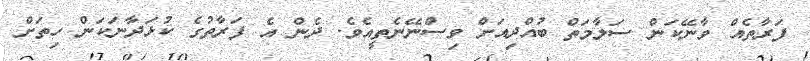
ފަރާތެއް ވާނޭކަން ސަލާމަތް ބުއްދިއަށް ވިސްނޭނެތީއެވެ. ދެން އެ ފަރާތުގެ ކުޅަދާނަކަން ހިތަށް